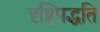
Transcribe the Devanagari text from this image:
दृष्टिपद्धति